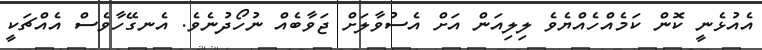
އެއުޅެނީ ކޮން ކަމެއްހެއްޔެވެ ލިލިއަން އަށް އެސުވާލަށް ޖަވާބެއް ނުހޯދުނެވެ. އެނގޭހާވެސް އެއްޗަކީ